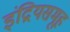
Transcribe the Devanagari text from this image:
इंद्रियसमूह